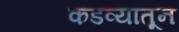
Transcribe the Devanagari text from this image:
कडव्यातून